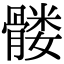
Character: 髅